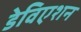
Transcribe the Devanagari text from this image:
डेविएशन